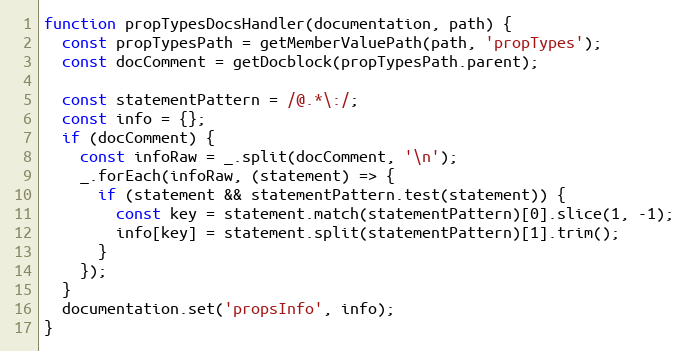
Language: JavaScript
function propTypesDocsHandler(documentation, path) {
  const propTypesPath = getMemberValuePath(path, 'propTypes');
  const docComment = getDocblock(propTypesPath.parent);

  const statementPattern = /@.*\:/;
  const info = {};
  if (docComment) {
    const infoRaw = _.split(docComment, '\n');
    _.forEach(infoRaw, (statement) => {
      if (statement && statementPattern.test(statement)) {
        const key = statement.match(statementPattern)[0].slice(1, -1);
        info[key] = statement.split(statementPattern)[1].trim();
      }
    });
  }
  documentation.set('propsInfo', info);
}